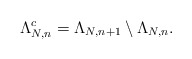
\begin{align*}\Lambda_{N,n}^c=\Lambda_{N,n+1}\setminus\Lambda_{N,n}.\end{align*}